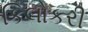
કિલોકરી